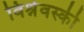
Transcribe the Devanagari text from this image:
विश्नेवस्की